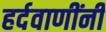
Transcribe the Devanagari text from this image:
हर्दवाणींनी